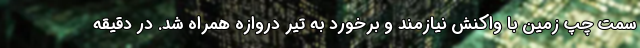
سمت چپ زمین با واکنش نیازمند و برخورد به تیر دروازه همراه شد. در دقیقه